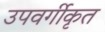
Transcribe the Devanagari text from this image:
उपवर्गीकृत